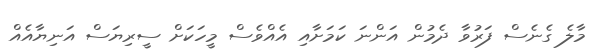
މާލެ ގެނެސް ފަރުވާ ދެމުން އަންނަ ކަމަށާއި އެއްވެސް މީހަކަށް ސީރިޔަސް އަނިޔާއެއް